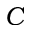
C